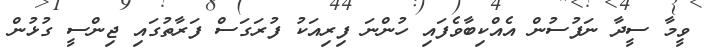
ވީމާ ސީދާ ނަފުސުން އެއްކިބާވެފައި ހުންނަ ފިރިއަކު ފުރަގަސް ފަރާތުގައި ޖިންސީ ގުޅުން